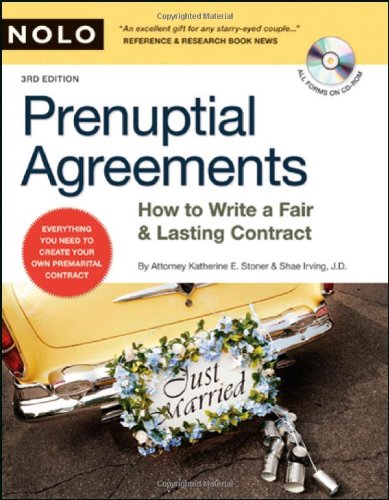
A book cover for Prenuptial Agreements: How to Write a Fair & Lasting Contract; Katherine Stoner Attorney-Mediator; Law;